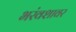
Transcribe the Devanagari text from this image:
भरंवशावर